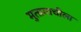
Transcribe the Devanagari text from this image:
मुतागाचीला